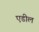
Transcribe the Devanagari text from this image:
एडील